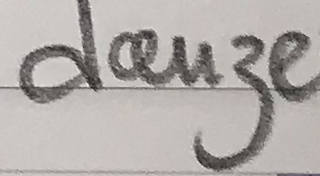
douze